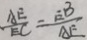
\frac { A E } { E C } = \frac { E B } { A E }